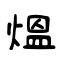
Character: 煴